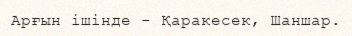
Арғын ішінде - Қаракесек, Шаншар.